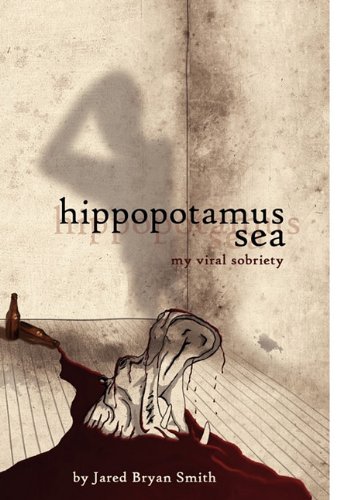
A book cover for Hippopotamus Sea; Jared Bryan Smith; Health, Fitness & Dieting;